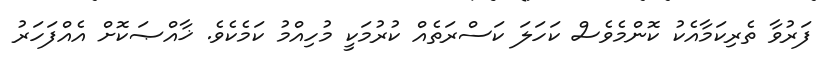
ފަރުވާ ތެރިކަމާއެކު ކޮންމެވެސް ކަހަލަ ކަސްރަތެއް ކުރުމަކީ މުހިއްމު ކަމެކެވެ. ޚާއްޞަކޮށް އެއްފަހަރު